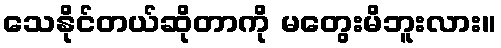
သေနိုင်တယ်ဆိုတာကို မတွေးမိဘူးလား။